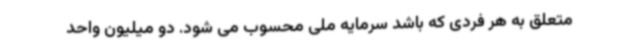
متعلق به هر فردی که باشد سرمایه ملی محسوب می شود. دو میلیون واحد